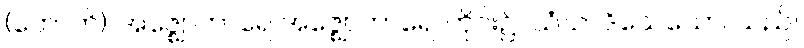
(ဟောတိ)၊ အဇ္ဈောဟာရေ အဇ္ဈောဟာရေ၊ တိုင်း၌။ သံဃာဒိသေသော၊ သည်။